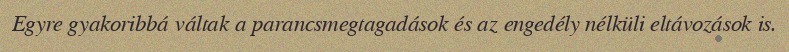
Egyre gyakoribbá váltak a parancsmegtagadások és az engedély nélküli eltávozások is.